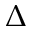
\Delta